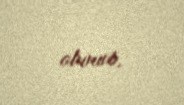
olunub.